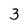
Character: 3